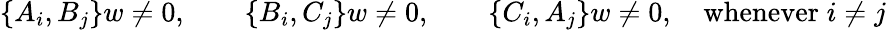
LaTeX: \begin{array}{r}{\{ A_{i},B_{j}\} w\neq 0,\qquad\{ B_{i},C_{j}\} w\neq 0,\qquad\{ C_{i},A_{j}\} w\neq 0,\quad\textrm{whenever}\; i\neq j}\end{array}